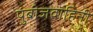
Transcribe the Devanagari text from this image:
पुंबीजवाहिनी